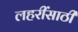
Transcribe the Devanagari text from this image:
लहरींसाठी